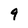
Character: 9